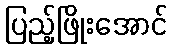
ပြည့်ဖြိုးအောင်